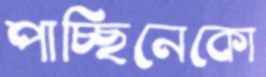
পাচ্ছিনেকো